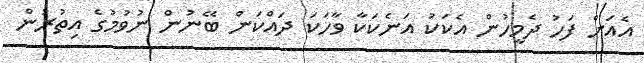
އެއަށް ފަހު ދެމީހުން އެކަކު އަނެކަކާ ވާހަކަ ދައްކަން ބޭނުން ނުވުމުގެ އިތުރުން